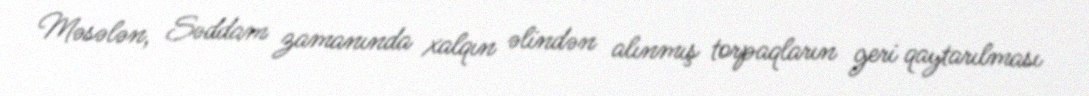
Məsələn, Səddam zamanında xalqın əlindən alınmış torpaqların geri qaytarılması